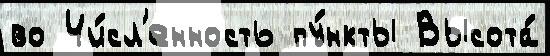
во Чи́сл'енность пу́нкты Высота́